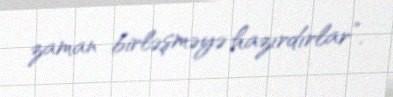
zaman birləşməyə hazırdırlar”.